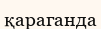
қараганда